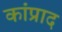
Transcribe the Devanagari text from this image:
कांप्राद